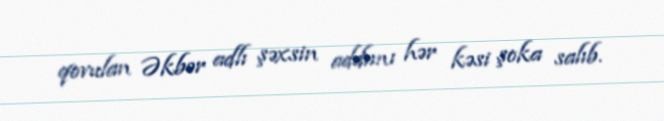
qovulan Əkbər adlı şəxsin addımı hər kəsi şoka salıb.